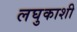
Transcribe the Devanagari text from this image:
लघुकाशी